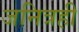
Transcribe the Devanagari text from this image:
जनित्रही